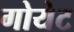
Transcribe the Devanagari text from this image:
गोयेट